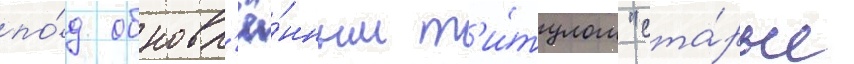
по́д обновл'ё́нным т'и́тулом "ста́рые